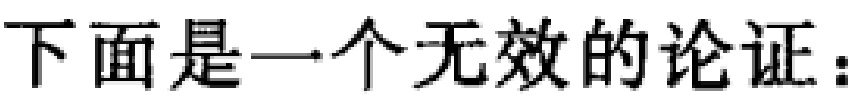
下面是一个无效的论证：